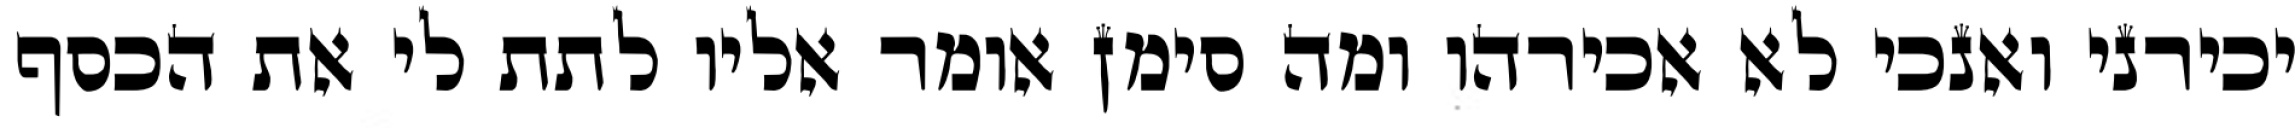
יכירני ואנכי לא אכירהו ומה סימן אומר אליו לתת לי את הכסף